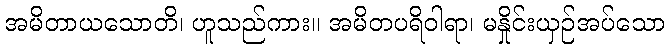
အမိတာယသောတိ၊ ဟူသည်ကား။ အမိတပရိဝါရာ၊ မနှိုင်းယှဉ်အပ်သော